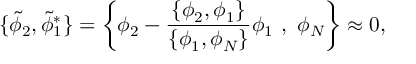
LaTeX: \{ { \tilde { \phi } _ { 2 } } , { \tilde { \phi } _ { 1 } ^ { * } } \} = \left\{ \phi _ { 2 } - \frac { \{ \phi _ { 2 } , \phi _ { 1 } \} } { \{ \phi _ { 1 } , \phi _ { N } \} } \phi _ { 1 } \ , \ \phi _ { N } \right\} \approx 0 ,